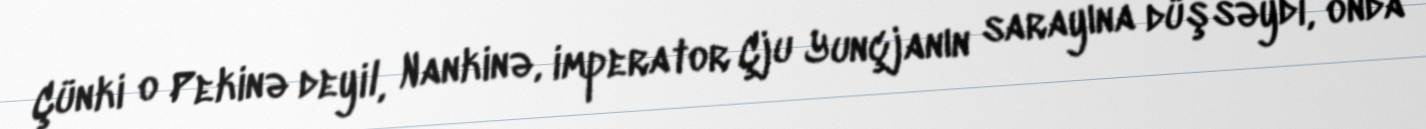
Çünki o Pekinə deyil, Nankinə, imperator Çju Yunçjanın sarayına düşsəydi, onda